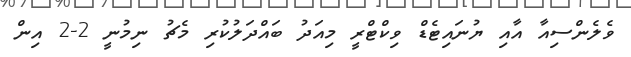
ވެލެންސިއާ އާއި ޔުނައިޓެޑް ވިކްޓްރީ މިއަދު ބައްދަލުކުރި މެޗު ނިމުނީ 2-2 އިން